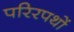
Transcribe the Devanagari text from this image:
परिरपथों